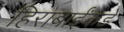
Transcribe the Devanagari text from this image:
हिराबाईंकडे